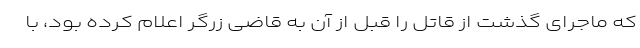
که ماجرای گذشت از قاتل را قبل از آن به قاضی زرگر اعلام کرده بود، با